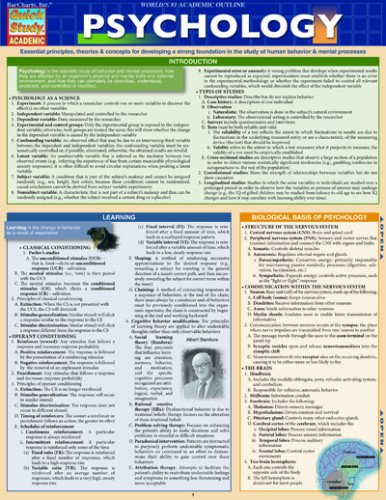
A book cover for Psychology; Inc. BarCharts; Medical Books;